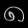
Digit: ၈